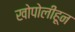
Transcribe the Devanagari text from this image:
खोपोलीहून